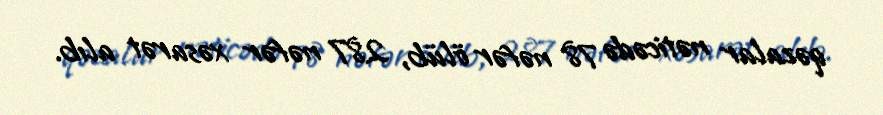
qəzalar nəticədə 78 nəfər ölüb, 287 nəfər xəsarət alıb.